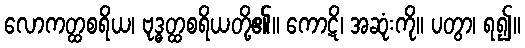
လောကတ္ထစရိယ၊ ဗုဒ္ဓတ္ထစရိယတို့၏။ ကောဋိ၊ အဆုံးကို။ ပတွာ၊ ရ၍။